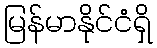
မြန်မာနိုင်ငံရှိ